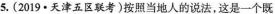
5.(2019·天津五区联考)按照当地人的说法，这是一个既